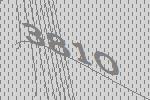
3810